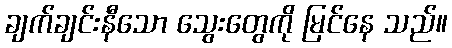
ချက်ချင်းနီသော သွေးတွေကို မြင်နေ သည်။